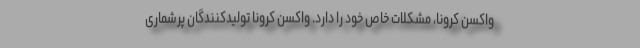
واکسن کرونا، مشکلات خاص خود را دارد. واکسن کرونا تولیدکنندگان پرشماری